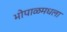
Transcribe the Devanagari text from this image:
भोपाळमधला